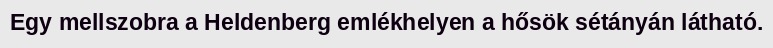
Egy mellszobra a Heldenberg emlékhelyen a hősök sétányán látható.